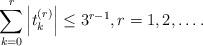
LaTeX: \begin{align*}\sum_{k=0}^{r}\left| t_{k}^{(r)}\right| \leq 3^{r-1},r=1,2,\ldots .\end{align*}